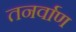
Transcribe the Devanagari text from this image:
तनर्वाण